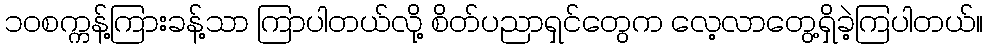
၁၀စက္ကန့်ကြားခန့်သာ ကြာပါတယ်လို့ စိတ်ပညာရှင်တွေက လေ့လာတွေ့ရှိခဲ့ကြပါတယ်။